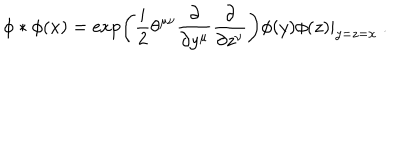
\phi * \phi ( x ) = \exp \left( \frac { i } { 2 } \theta ^ { \mu \nu } \frac { \partial } { \partial y ^ { \mu } } \frac { \partial } { \partial z ^ { \nu } } \right) \phi ( y ) \phi ( z ) | _ { y = z = x } ~ .